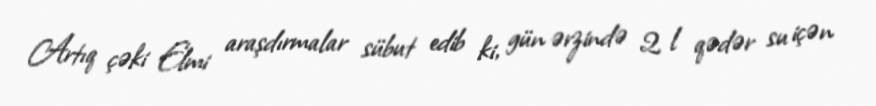
Artıq çəki Elmi araşdırmalar sübut edib ki, gün ərzində 2 l qədər su içən